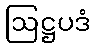
ဩဋ္ဌပဒံ